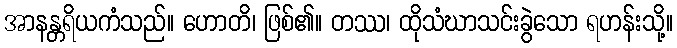
အာနန္တရိယကံသည်။ ဟောတိ၊ ဖြစ်၏။ တဿ၊ ထိုသံဃာသင်းခွဲသော ရဟန်းသို့။